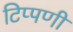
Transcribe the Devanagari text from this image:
टिप्पणीं